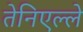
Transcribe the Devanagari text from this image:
तेनिएल्ले